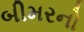
બીમરનો